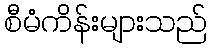
စီမံကိန်းများသည်